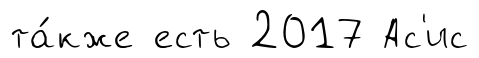
та́кже есть 2017 Ас'ис